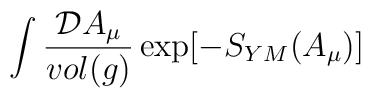
\int\frac{{\cal D}A_{\mu}}{vol(g)}\exp[-S_{YM}(A_{\mu})]